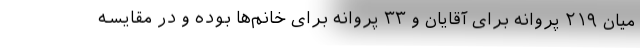
میان ۲۱۹ پروانه برای آقایان و ۳۳ پروانه برای خانم‌ها بوده و در مقایسه